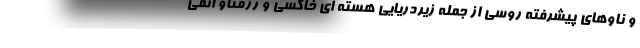
و ناوهای پیشرفته روسی از جمله زیردریایی هسته ای خاکسی و رزمناو اتمی